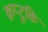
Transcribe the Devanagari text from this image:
क्रप्टुकि